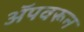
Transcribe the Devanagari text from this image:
अॅपवरून